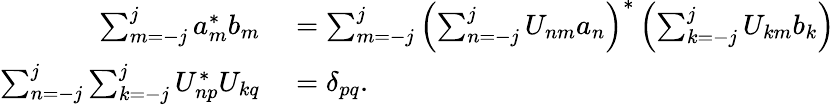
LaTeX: \begin{array}{rl}{\sum_{m=-j}^{j}a_{m}^{*}b_{m}}&{{}=\sum_{m=-j}^{j}\left(\sum_{n=-j}^{j}U_{nm}a_{n}\right)^{*}\left(\sum_{k=-j}^{j}U_{km}b_{k}\right)}\\ {\sum_{n=-j}^{j}\sum_{k=-j}^{j}U_{np}^{*}U_{kq}}&{{}=\delta_{pq}.}\end{array}